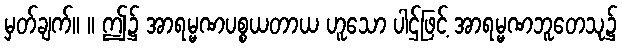
မှတ်ချက်။ ။ ဤ၌ အာရမ္မဏပစ္စယတာယ ဟူသော ပါဌ်ဖြင့် အာရမ္မဏဘူတေသု၌